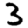
Digit: 3